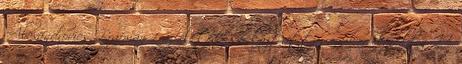
Alexandrovics Brafman 1 az életét kockáztatta, amikor elárulta II.